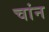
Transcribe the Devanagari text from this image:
चांन